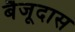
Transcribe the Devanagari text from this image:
बैजूदास